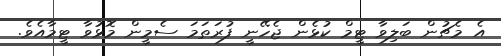
އެ މެޗުން ބަލިވާ ޓީމް ކުޅެން ޖެހޭނީ ފުރަތަމަ ސެމީން މޮޅުވާ ޓީމާއެވެ.